Annual statistical returns and brief notes on vaccination in Bengal - 1909-1929
Year: 1909
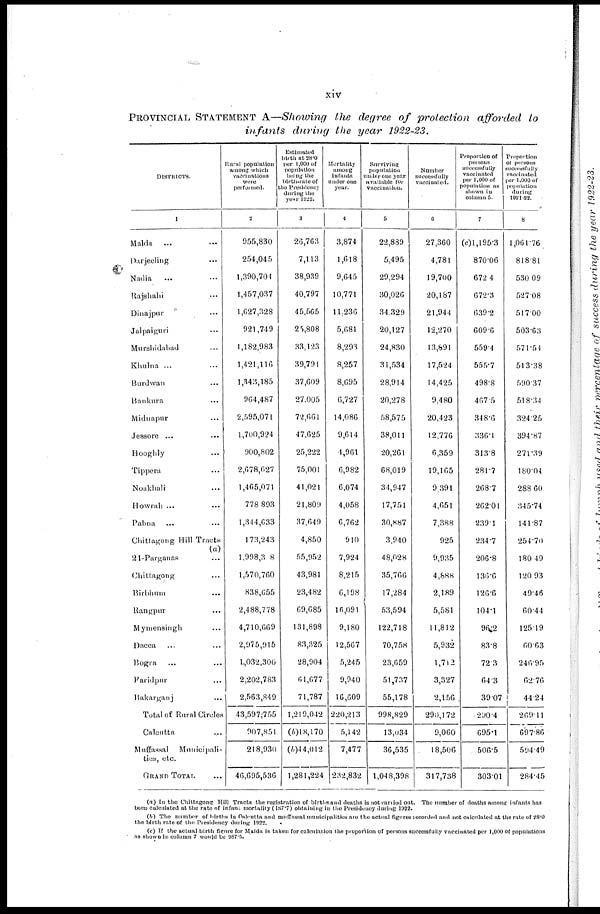
xiv
PROVINCIAL STATEMENT A—Showing the degree of protection afforded to
infants during the year 1922-23.
DISTRICTS.
1
Malda ...
Darjeeling ...
Nadia ...
Rajshahi ...
Dinajpur ...
Jalpaiguri ...
Murshidabad ...
Khulna ... ...
Burdwan ...
Bankura ...
Midnapur ...
Jessore ... ...
Hooghly ... ...
Tippera ... ...
Noakhali ... ...
Howrah ... ...
Pabna ... ...
Chittagong Hill Tracts
(a)
24-Parganas ...
Chittagong ...
Birbhum ... ...
Rangpur ... ...
Mymensingh ... ...
Dacca ... ...
Bogra ... ...
Faridpur ... ...
Bakarganj ... ...
Total of Rural Circles
Calcutta ... ...
Muffassal
Municipali-
ties, etc.
GRAND TOTAL ...
Rural population
among which
vaccinations
were
performed.
2
955,830
254,045
1,390,704
1,457,037
1,627,328
921,749
1,182,983
1,421,116
1,343,185
964,487
2,595,071
1,700,924
900,802
2,678,627
1,465,071
778 893
1,344,633
173,243
1,998,308
1,570,760
838,655
2,488,778
4,710,669
2,975,915
1,032,300
2,202,783
2,563,849
43,597,755
907,851
218,930
46,695,536
Estimated
birth at 28.0
pur 1,000 of
population
being the
birth-rate of
the Presidency
during the
year 1922.
3
26,763
7,113
38,939
40,797
45,565
25,808
33,123
39,791
37,609
27,005
72,661
47,625
25,222
75,001
41,021
21,809
37,649
4,850
55,952
43,981
23,482
69,685
131,898
83,325
28,904
61,677
71,787
1,219,042
(b) 18,170
(b)44,012
1,281,224
Mortality
among
infants
under one
year.
4
3,874
1,618
9,645
10,771
11,236
5,681
8,293
8,257
8,695
6,727
14,086
9,614
4,961
6,982
6,074
4,058
6,762
910
7,924
8,215
6,198
16,091
9,180
12,567
5,245
9,940
16,609
220,213
5,142
7,477
232,832
Surviving
population
under one year
available for
vaccination.
5
22,889
5,495
29,294
30,026
34,329
20,127
24,830
31,534
28,914
20,278
58,575
38,011
20,261
68,019
34,947
17,751
30,887
3,940
48,028
35,766
17,284
53,594
122,718
70,758
23,659
51,737
55,178
998,829
13,034
36,535
1,048,398
Number
successfully
vaccinated.
6
27,360
4,781
19,700
20,187
21,944
12,270
13,891
17,524
14,425
9,480
20,423
12,776
6,359
19,165
9,391
4,651
7,388
925
9,935
4,888
2,189
5,581
11,812
5,932
1,712
3,327
2,150
290,172
9,060
18,506
317,738
Proportion of
persons
successfully
vaccinated
per 1,000 of
population an
shown in
column 5.
7
(c)1,195.3
870.06
672.4
672.3
639.2
609.6
559.4
555.7
498.8
467.5
348.6
336.1
313.8
281.7
268.7
262.01
239.1
234.7
206.8
136.6
126.6
104.1
96.2
83.8
72.3
64.3
39.07
290.4
695.1
506.5
303.01
Proportion
of persons
successfully
vaccinated
per 1,000 of
population
during
1921-22.
8
1,061.76
818.81
530.09
527.08
517.00
503.63
571.54
513.38
590.37
518.34
324.25
394.87
271.39
180.04
288.60
345.74
141.87
254.70
180.49
120.93
49.46
60.44
125.19
60.63
246.95
62.76
44.24
269.11
697.86
594.49
284.45
(a) In the Chittagong Hill Tracts the registration of births and deaths is not carried out. The number of deaths among infants has
been calculated at the rate of infant mortality (187.7) obtaining in the Presidency during 1922.
(b) The number of births in Calcutta and muffassal municipalities are the actual figures recorded and not calculated at the ate of 28.0
the birth rate of the Presidency during 1922.
(c) If the actual birth figure for Malda is taken for calculation the proportion of persons successfully vaccinated per 1,000 of populations
as shown in column 7 would be 987.5.